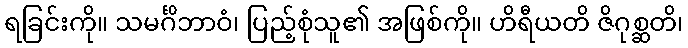
ရခြင်းကို။ သမင်္ဂိဘာဝံ၊ ပြည့်စုံသူ၏ အဖြစ်ကို။ ဟိရီယတိ ဇိဂုစ္ဆတိ၊